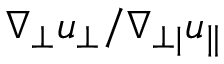
\nabla _ { \perp } u _ { \perp } / \nabla _ { \perp | } u _ { \| }